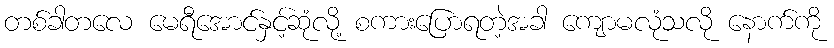
တစ်ခါတလေ မေရီအောင်နှင့်ဆုံလို့ စကားပြောရတဲ့အခါ ကျောမလုံသလို နောက်ကို